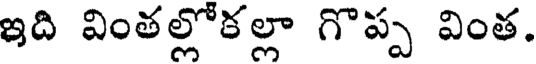
ఇది వింతల్లోకల్లా గొప్ప వింత.